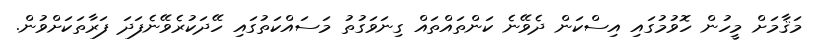
މަޤާމަށް މީހުން ހޮވުމުގައި އިސްކަން ދެވޭނެ ކަންތައްތައް ގިނަވަގުތު މަސައްކަތުގައި ހޭދަކުރެވޭނެފަދަ ފަރާތަކަށްވުން.